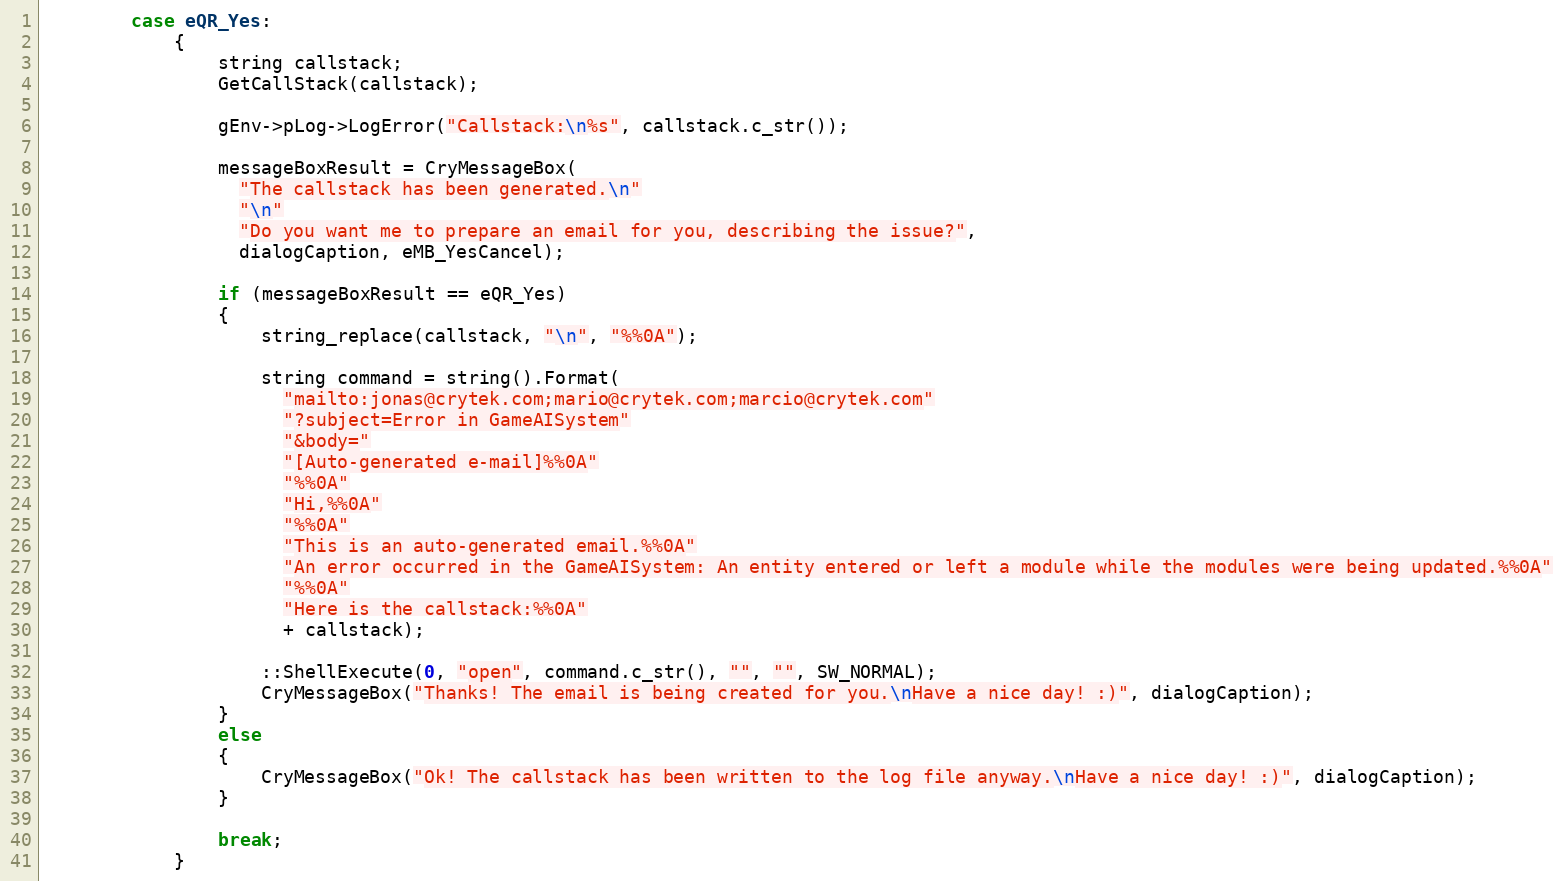
Language: C++
		case eQR_Yes:
			{
				string callstack;
				GetCallStack(callstack);

				gEnv->pLog->LogError("Callstack:\n%s", callstack.c_str());

				messageBoxResult = CryMessageBox(
				  "The callstack has been generated.\n"
				  "\n"
				  "Do you want me to prepare an email for you, describing the issue?",
				  dialogCaption, eMB_YesCancel);

				if (messageBoxResult == eQR_Yes)
				{
					string_replace(callstack, "\n", "%%0A");

					string command = string().Format(
					  "mailto:jonas@crytek.com;mario@crytek.com;marcio@crytek.com"
					  "?subject=Error in GameAISystem"
					  "&body="
					  "[Auto-generated e-mail]%%0A"
					  "%%0A"
					  "Hi,%%0A"
					  "%%0A"
					  "This is an auto-generated email.%%0A"
					  "An error occurred in the GameAISystem: An entity entered or left a module while the modules were being updated.%%0A"
					  "%%0A"
					  "Here is the callstack:%%0A"
					  + callstack);

					::ShellExecute(0, "open", command.c_str(), "", "", SW_NORMAL);
					CryMessageBox("Thanks! The email is being created for you.\nHave a nice day! :)", dialogCaption);
				}
				else
				{
					CryMessageBox("Ok! The callstack has been written to the log file anyway.\nHave a nice day! :)", dialogCaption);
				}

				break;
			}